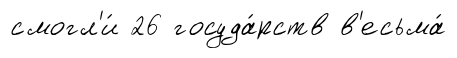
смогл'и́ 26 госуда́рств в'есьма́